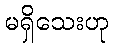
မရှိသေးဟု